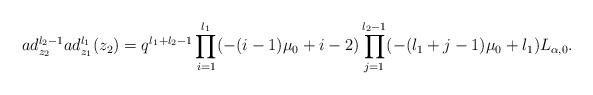
LaTeX: \begin{align*}ad_{z_{2}}^{l_{2}-1}ad_{z_{1}}^{l_{1}}(z_{2})=q^{l_{1}+l_{2}-1}\prod_{i=1}^{l_{1}}(-(i-1)\mu_{0}+i-2)\prod_{j=1}^{l_{2}-1}(-(l_{1}+j-1)\mu_{0}+l_{1})L_{\alpha,0}.\end{align*}